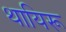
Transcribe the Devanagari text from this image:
थायिरू